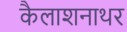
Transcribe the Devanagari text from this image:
कैलाशनाथर